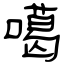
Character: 噶